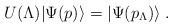
LaTeX: \begin{align*}U(\Lambda) |\Psi(p)\rangle = |\Psi(p_\Lambda) \rangle \; . \end{align*}